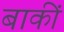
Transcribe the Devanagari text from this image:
बाकीं